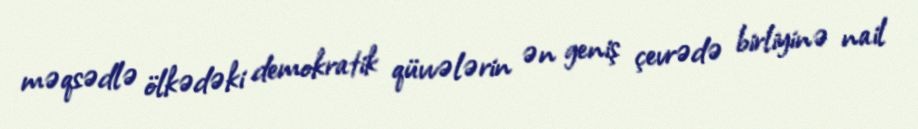
məqsədlə ölkədəki demokratik qüvvələrin ən geniş çevrədə birliyinə nail